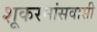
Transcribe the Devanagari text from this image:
शूकरमांसवासी